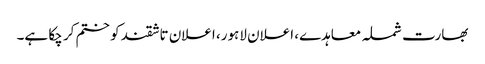
بھارت شملہ معاہدے، اعلان لاہور، اعلان تاشقند کو ختم کر چکا ہے۔